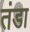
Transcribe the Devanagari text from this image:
तंडा